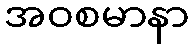
အဝစမာနာ